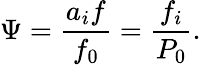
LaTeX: \Psi=\frac{a_{i}f}{f_{0}}=\frac{f_{i}}{P_{0}}.